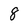
Character: 8